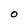
Character: O